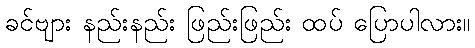
ခင်ဗျား နည်းနည်း ဖြည်းဖြည်း ထပ် ပြောပါလား။